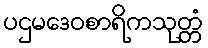
ပဌမဒေဝစာရိကသုတ္တံ